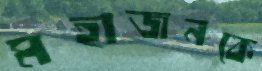
মহাজনকে